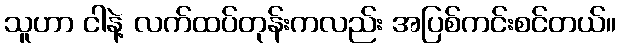
သူဟာ ငါနဲ့ လက်ထပ်တုန်းကလည်း အပြစ်ကင်းစင်တယ်။